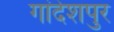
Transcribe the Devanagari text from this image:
गांदेशपुर